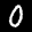
Label: 0